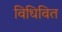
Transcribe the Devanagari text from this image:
विधिवित